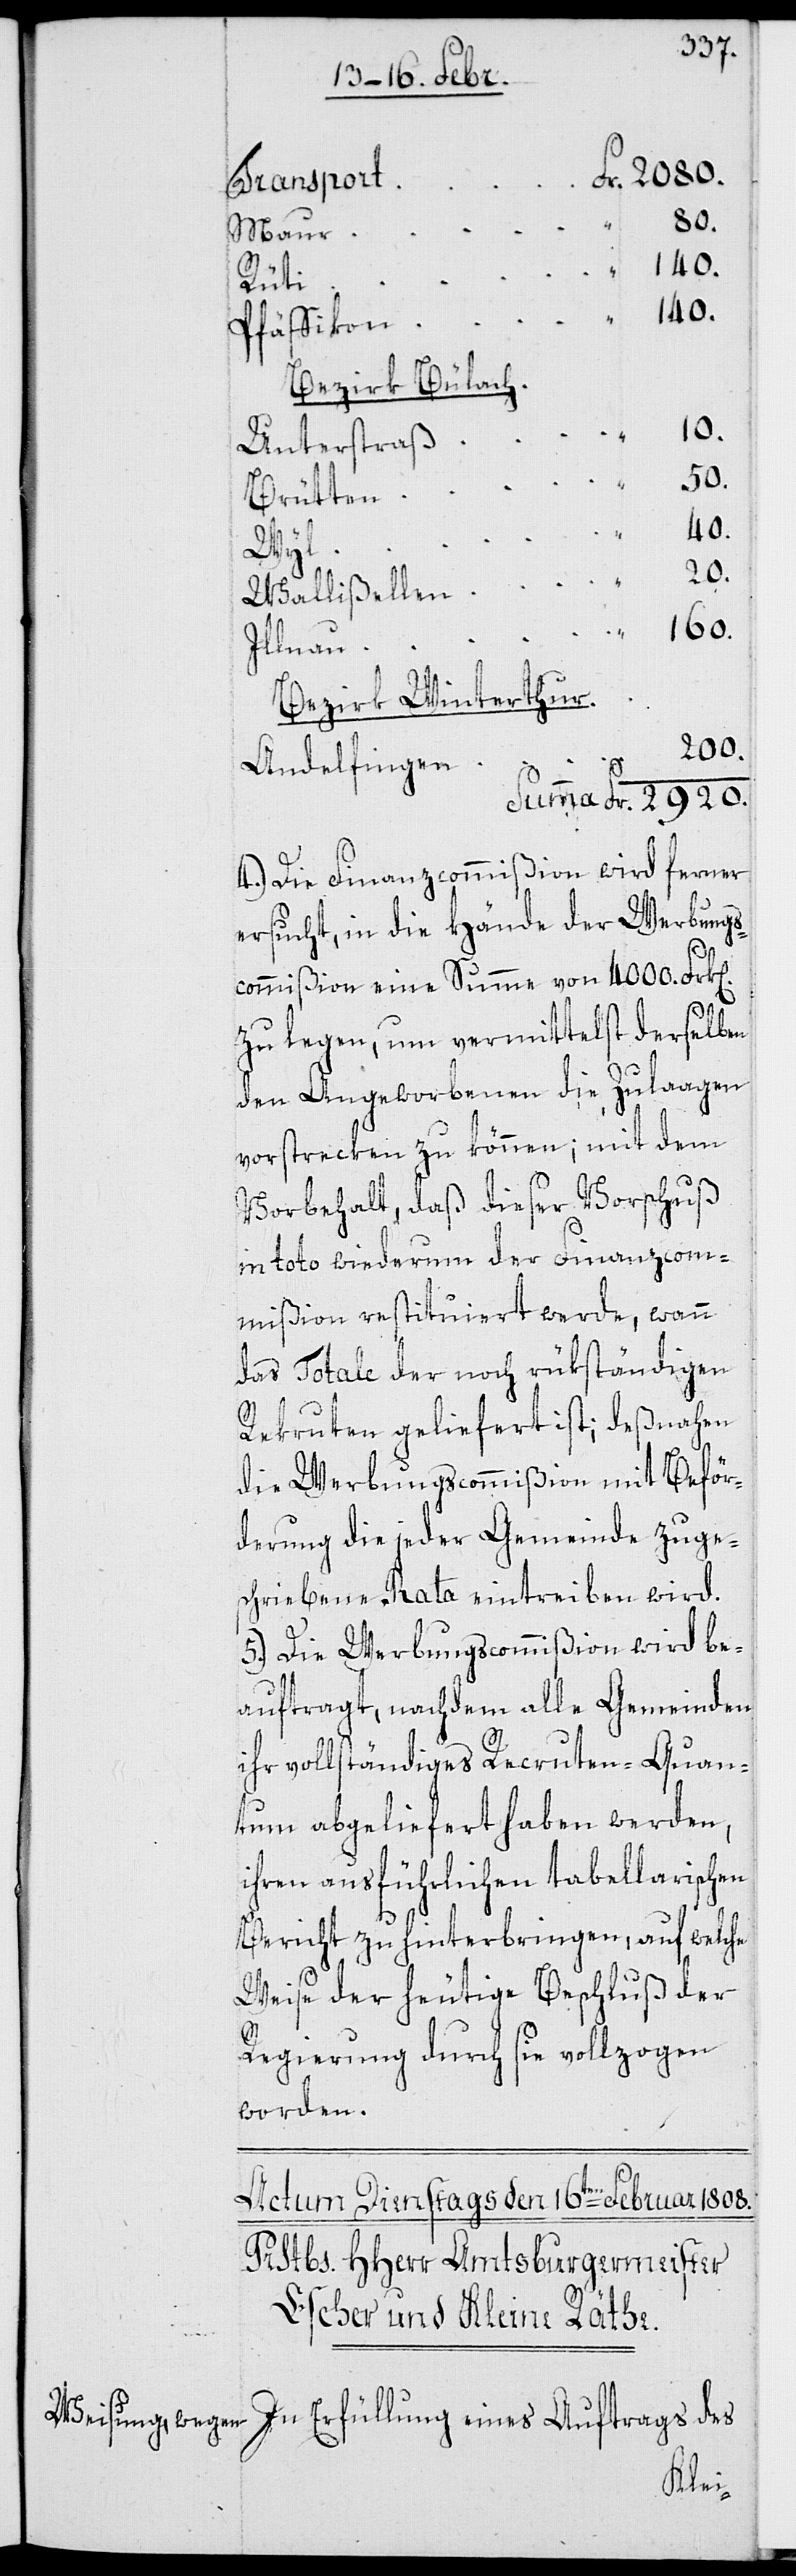
2920.
Maur
Rüti
140.
Pfäffikon
Bezirk Bülach
160.
Unterstraß
50.
Brütten
40.
Wyl
Wallißellen
Illnau
Bezirk Winterthur
200.
n].
Andelfingen
4.) Die Finanzcommißion wird ferner
ersucht, in die Hände der Werbungs¬
commißion eine Summe von 4000. Frk[e¬
zu legen, um vermittelst derselben
den Angeworbenen die Zulaagen
vorstrecken zu können; mit dem
Vorbehalt, daß dieser Vorschuß
in toto wiederum der Finanzcom¬
mißion restituiert werde, wann
das Totale der noch rükständigen
Rekruten geliefert ist; deßnahen
die Werbungscommißion mit Beför¬
derung die jeder Gemeinde zuge¬
schriebene Rata eintreiben wird.
5.) Die Werbungscommißion wird be¬
auftragt, nachdem alle Gemeinden
ihr vollständiges Rekruten-Quan¬
tum abgeliefert haben werden,
ihren ausführlichen tabellarischen
Bericht zu hinterbringen, auf welche
Weise der heutige Beschluß der
Regierung durch sie vollzogen
worden.
In Erfüllung eines Auftrags des